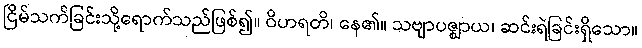
ငြိမ်သက်ခြင်းသို့ရောက်သည်ဖြစ်၍။ ဝိဟရတိ၊ နေ၏။ သဗျာပဇ္ဈာယ၊ ဆင်းရဲခြင်းရှိသော။